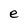
Character: e